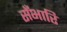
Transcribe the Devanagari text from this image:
सँभारि